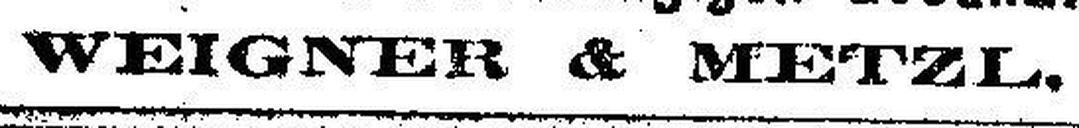
WEIGNER & METZL.